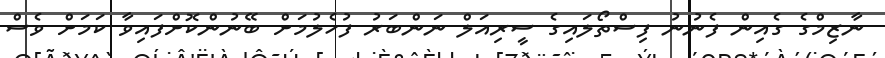
ނާޒިމްގެ ގެއިން ފެނުނު ފިސްތޯލައިގެ ސީރިއަލް ނަންބަރު ފުހެލުމަށް ބޭނުންކޮށްފައިވާ ކަމަށް ވެސް